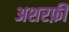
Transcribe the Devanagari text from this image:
अशरफ़ी